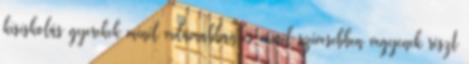
kisiskolás gyerekek minél vidámabban és minél szívesebben vegyenek részt